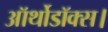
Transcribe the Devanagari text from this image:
ऑर्थोडॉक्स।